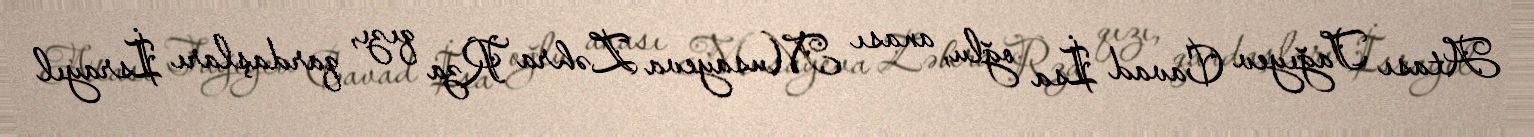
Atası Tağıyev Cavad İsa oğlu, anası Musayeva Zəhra Rza qızı, qardaşları İsrayıl